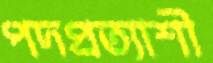
পদপ্রত্যাশী